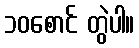
၁၀စောင် တွဲပါ။